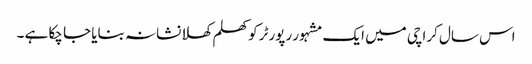
اس سال کراچی میں ایک مشہور رپورٹر کو کھلم کھلا نشانہ بنایا جا چکا ہے ۔